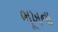
ભૂખના